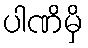
ပါဏိမှိ